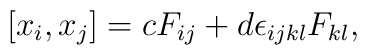
\hspace{+5em} [x_i,x_j] = cF_{ij}+d\epsilon_{ijkl}F_{kl},